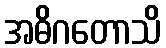
အဓိဂတောသိ